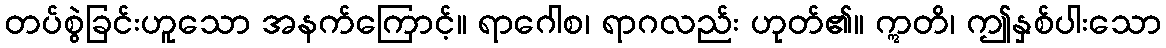
တပ်စွဲခြင်းဟူသော အနက်ကြောင့်။ ရာဂေါစ၊ ရာဂလည်း ဟုတ်၏။ ဣတိ၊ ဤနှစ်ပါးသော